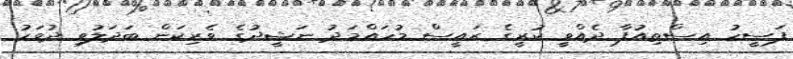
ފަސީހު އިސްތިއުފާ ދެއްވީ ކުރީގެ ރައީސް މުހައްމަދު ނަޝީދުގެ ވެރިކަން ބަދަލުވި ދުވަހު